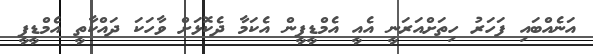
އަނެއްބައި ފަހަރު ހިތަށްއަރަނީ އެއީ އެމްޑީޕީން އެކަމާ ދެކޮޅަށް ވާހަކަ ދައްކާތީ އެމްޑީޕީ